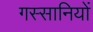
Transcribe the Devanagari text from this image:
गस्सानियों